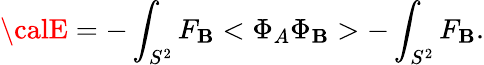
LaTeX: {\calE}=-\int_{S^{2}}F_{\mathbf{B}}<\Phi_{A}\Phi_{\mathbf{B}}>-\int_{S^{2}}F_{\mathbf{B}}.